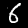
Digit: 6